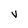
Character: V